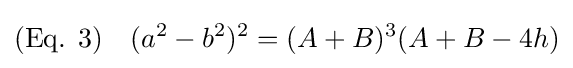
{\text{(Eq. 3)}}\quad (a^{2}-b^{2})^{2}=(A+B)^{3}(A+B-4h)